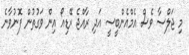
މި ޖަލްސާ ވެސް އެމްއެންބީސީ އަދި ރާއްޖެ ރޭޑިއޯ އިން ވަގުތުން ފޮނުވާނެ